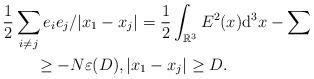
LaTeX: \begin{align*}&\frac{1}{2}\sum_{i\ne j}e_ie_j/|x_1-x_j|=\frac{1}{2}\int_{\mathbb R^3}E^2(x)\mathrm d^3x-\sum\\&\qquad\ge-N\varepsilon(D),|x_1-x_j|\ge D.\end{align*}